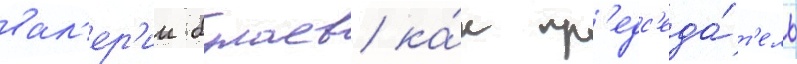
вал'ер'ии булаев ка́к пр'едс'еда́т'ель